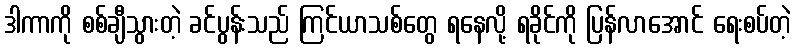
ဒါကာကို စစ်ချီသွားတဲ့ ခင်ပွန်းသည် ကြင်ယာသစ်တွေ ရနေလို့ ရခိုင်ကို ပြန်လာအောင် ရေးစပ်တဲ့